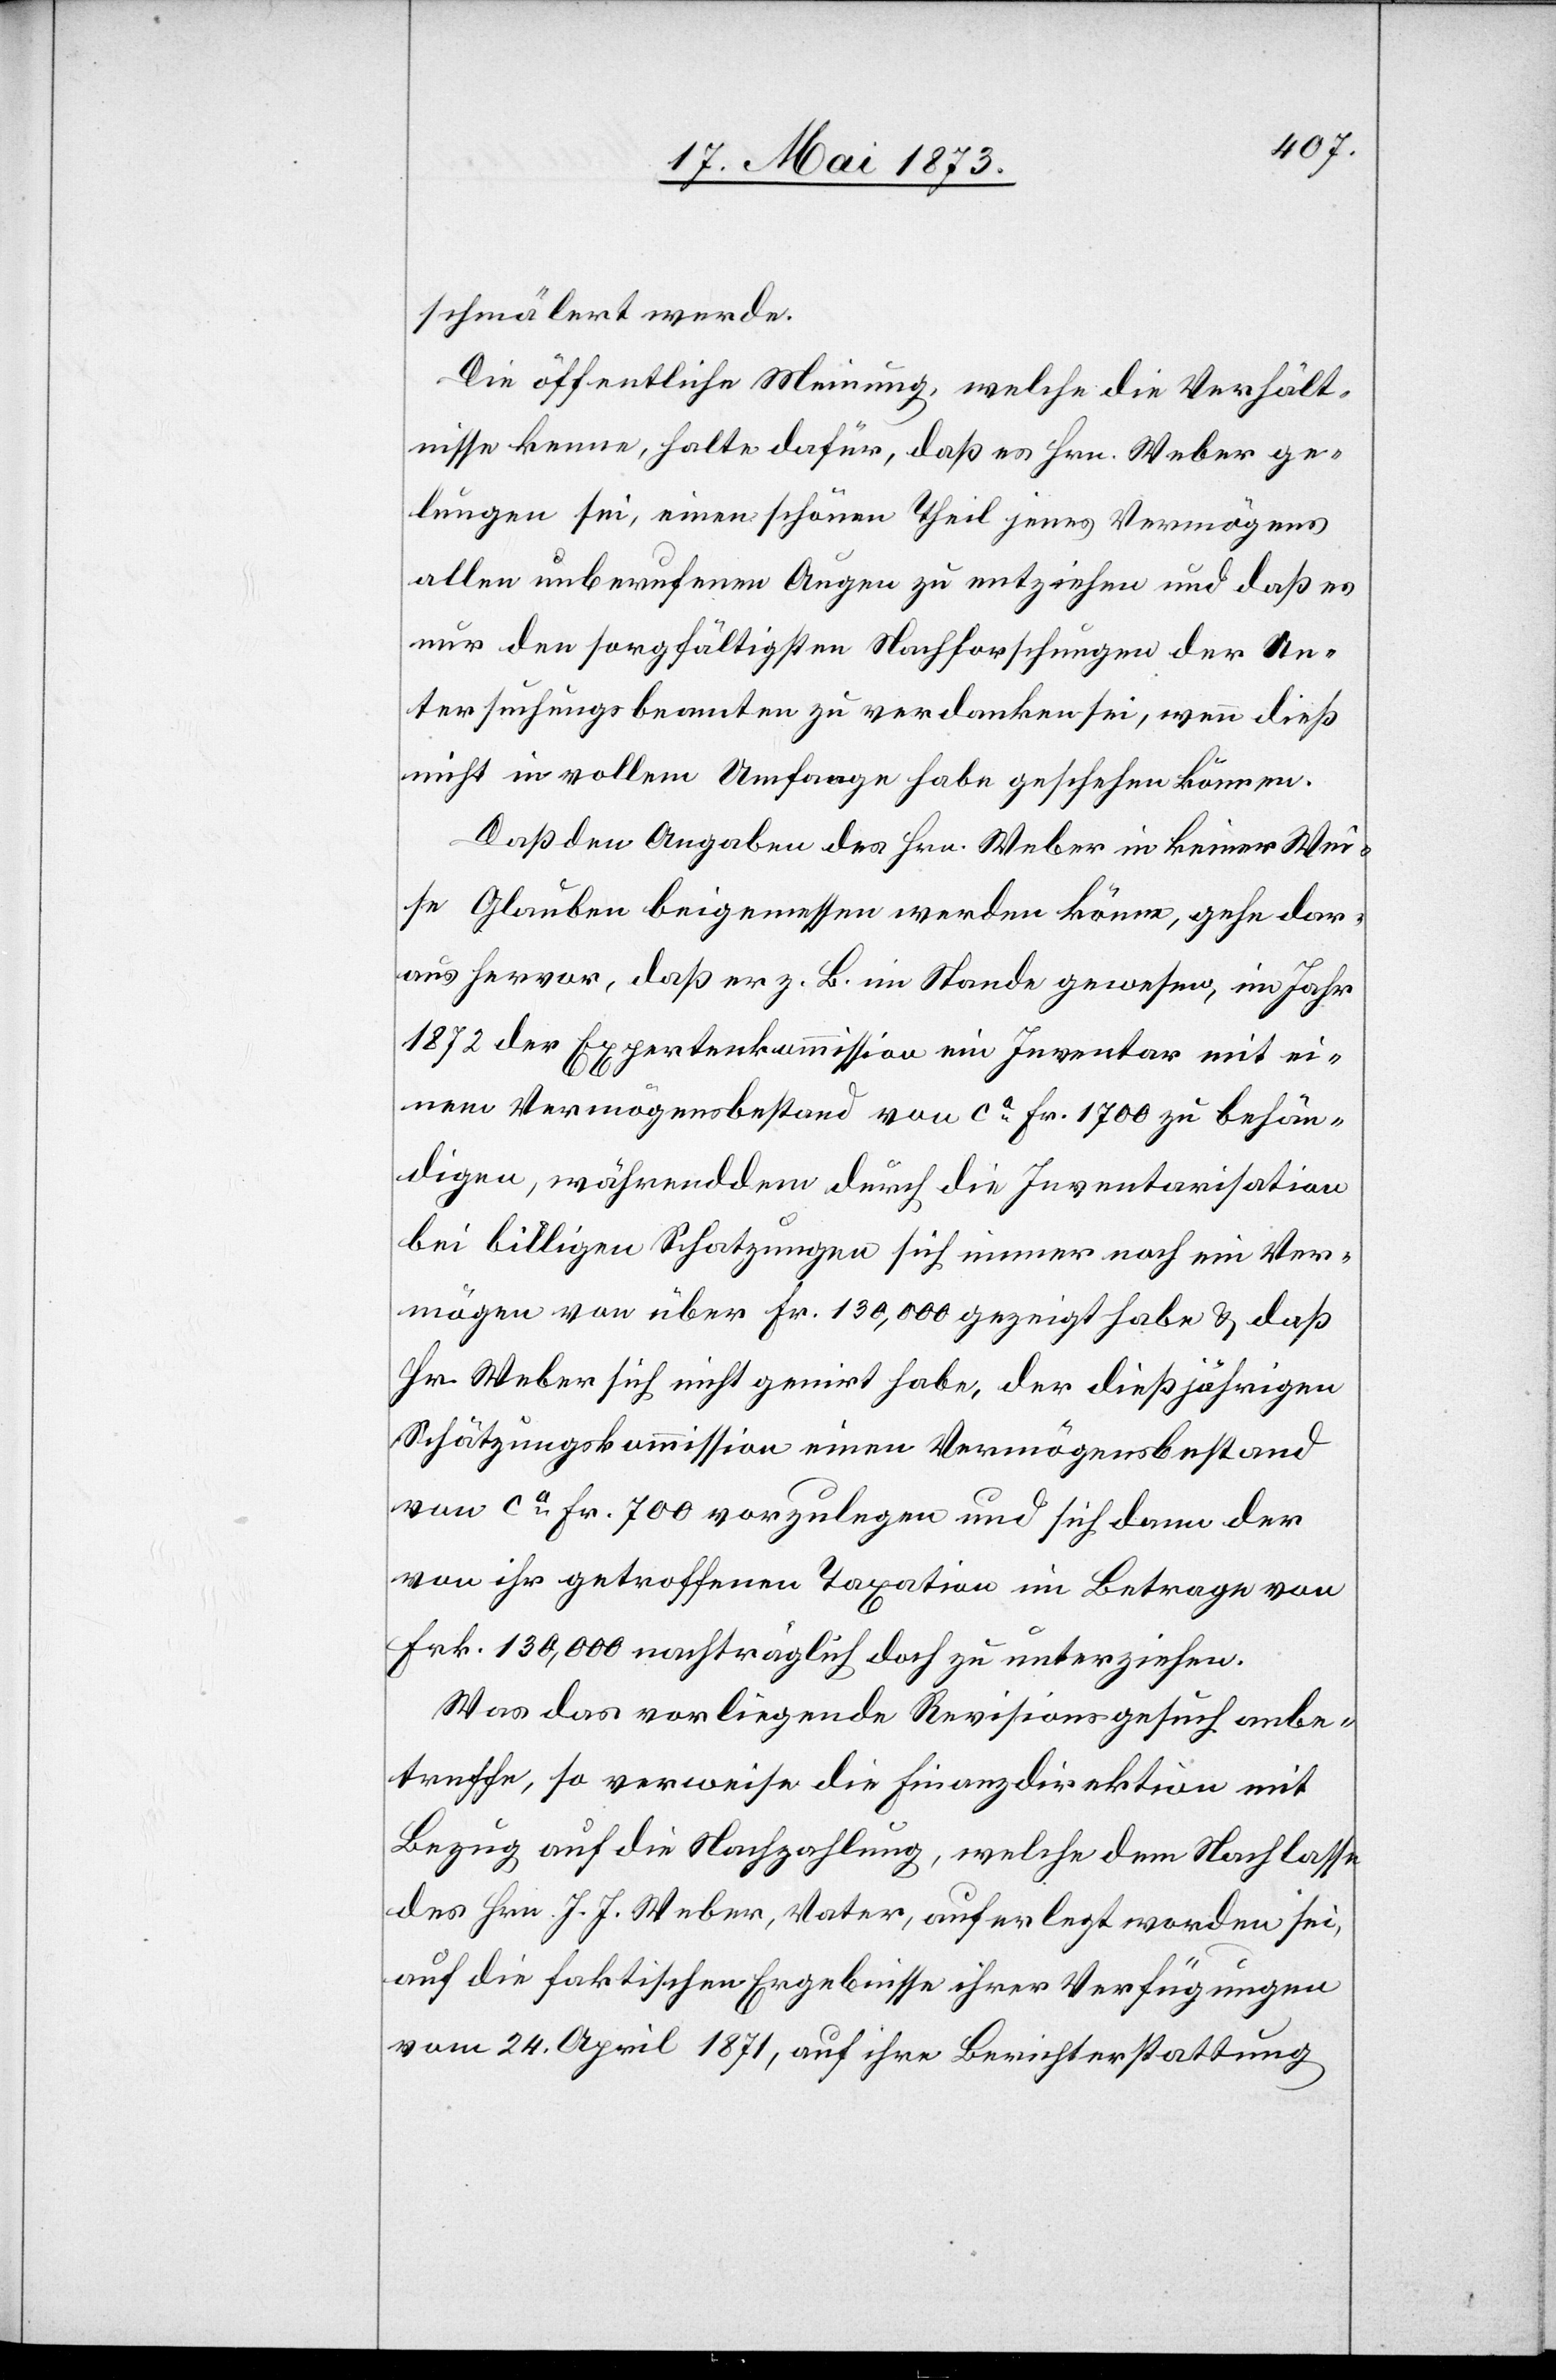
schmälert werde.
Die öffentliche Meinung, welche die Verhält¬
nisse kenne, halte dafür, daß es Hrn. Weber ge¬
lungen sei, einen schönen Theil jenes Vermögens
allen unberufenen Augen zu entziehen und daß es
nur den sorgfältigsten Nachforschungen der Un¬
tersuchungsbeamten zu verdanken sei, wenn dieß
nicht in vollem Umfange habe geschehen können.
Daß den Angaben des Hrn. Weber in keiner Wei¬
se Glauben beigemessen werden könne, gehe dar¬
aus hervor, daß er z. B. im Stande gewesen, im Jahr
1872 der Expertenkommission ein Inventar mit ei¬
nem Vermögensbestand von ca Fr. 1 700 zu behän¬
digen, währenddem durch die Inventarisation
bei billigen Schatzungen sich immer noch ein Ver¬
mögen von über Fr. 130,000 gezeigt habe & daß
Hr. Weber sich nicht genirt habe, der dießjährigen
Schätzungskommission einen Vermögensbestand
von ca Fr. 700 vorzulegen und sich dann der
von ihr getroffenen Taxation im Betrage von
Frk. 130,00’ nachträglich doch zu unterziehen.
Was das vorliegende Revisionsgesuch anbe¬
treffe, so verweise die Finanzdirektion mit
Bezug auf die Nachzahlung, welche dem Nachlasse
des Hrn. J. J. Weber, Vater, auferlegt worden sei,
auf die faktischen Ergebnisse ihrer Verfügungen
vom 24. April 1871, auf ihre Berichterstattung